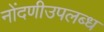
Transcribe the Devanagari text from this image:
नोंदणीउपलब्ध